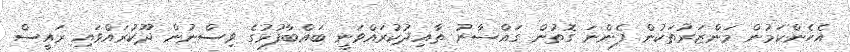
އެހެންކަމުން މަންޒަރުތަކުން ފެންނަ ގޮތުން ގައްސާނު ތާއިދުކުރައްވަނީ ބައްބާފުޅުގެ ވިސްނުން ދޫކުރައްވައި ރައީސް